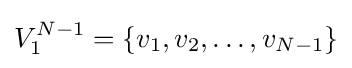
V_{1}^{N-1}=\{v_{1},v_{2},\dots ,v_{N-1}\}